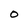
Character: 0